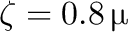
\zeta = 0 . 8 \, \upmu